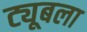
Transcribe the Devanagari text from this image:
ट्यूबला